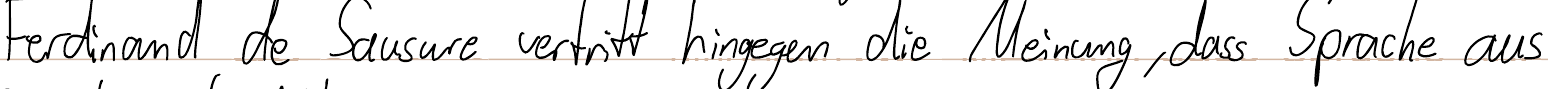
Ferdinand de Sausure vertritt hingegen die Meinung, dass Sprache aus